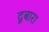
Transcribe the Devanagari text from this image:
दूबारा